Development of the parasite of Indian kala azar - Number 53
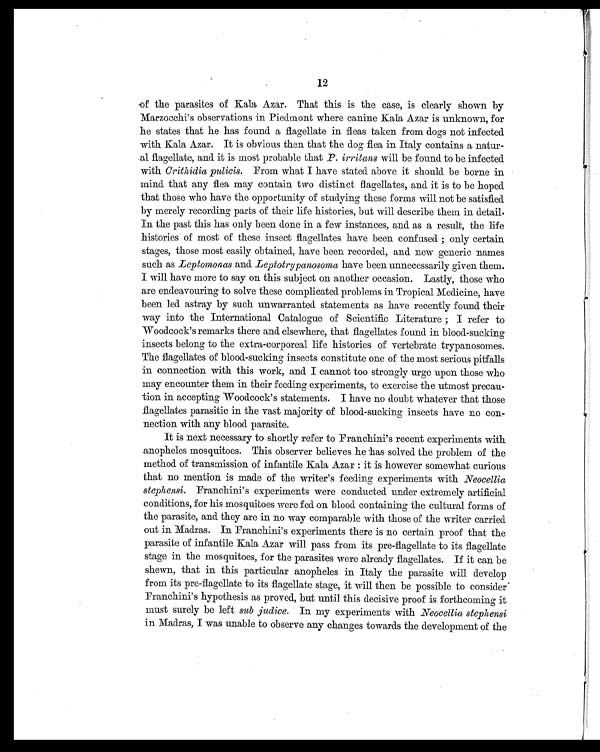
12
of the parasites of Kala Azar. That this is the case, is clearly shown by
Marzocchi's observations in Piedmont where canine Kala Azar is unknown, for
he states that he has found a flagellate in fleas taken from dogs not infected
with Kala Azar. It is obvious then that the dog flea in Italy contains a natur-
al flagellate, and it is most probable that P. irritans will be found to be infected.
with Crithidia pulicis. From what I have stated above it should be borne in
mind that any flea may contain two distinct flagellates, and it is to be hoped
that those who have the opportunity of studying these forms will not be satisfied
by merely recording parts of their life histories, but will describe them in detail.
In the past this has only been done in a few instances, and as a result, the life
histories of most of these insect flagellates have been confused ; only certain
stages, those most easily obtained, have been recorded, and. new generic names
such as L eptomonas and Leptotrypanosoma have been unnecessarily given them.
I will have more to say on this subject on another occasion. Lastly, those who
are endeavouring to solve these complicated problems in Tropical Medicine, have
been led astray by such unwarranted statements as have recently found their
way into the International Catalogue of Scientific Literature ; I refer to
Woodcock's remarks there and elsewhere, that flagellates found in blood-sucking
insects belong to the extra-corporeal life histories of vertebrate trypanosomes.
The flagellates of blood-sucking insects constitute one of the most serious pitfalls
in connection with this work, and I cannot too strongly urge upon those who
may encounter them in their feeding experiments, to exercise the utmost precau-
tion in accepting Woodcock's statements. I have no doubt whatever that those
flagellates parasitic in the vast majority of blood-sucking insects have no con-
nection with any blood parasite.
It is next necessary to shortly refer to Franchini's recent experiments with
anopheles mosquitoes. This observer believes he has solved the problem of the
method of transmission of infantile Kala Azar : it is however somewhat curious
that no mention is made of the writer's feeding experiments with Neocellia
stephensi. Franchini's experiments were conducted under extremely artificial
conditions, for his mosquitoes were fed on blood containing the cultural forms of
the parasite, and they are in no way comparable with those of the writer carried
out in Madras. In Franchini's experiments there is no certain proof that the
parasite of infantile Kala Azar will pass from its pre-flagellate to its flagellate
stage in the mosquitoes, for the parasites were already flagellates. If it can be
shown, that in this particular anopheles in Italy the parasite will develop
from its pre-flagellate to its flagellate stage, it will then be possible to consider
Franchini's hypothesis as proved, but until this decisive proof is forthcoming it
must surely be left sub judice. In my experiments with Neocellia stephensi
in Madras, I was unable to observe any changes towards the development of the